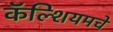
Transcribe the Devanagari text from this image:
कॅल्शियमचे